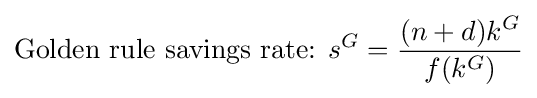
{\mbox{Golden rule savings rate:  }}s^{G}={\frac {(n+d)k^{G}}{f(k^{G})}}